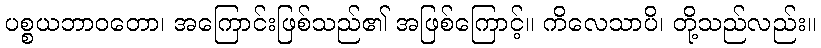
ပစ္စယဘာဝတော၊ အကြောင်းဖြစ်သည်၏ အဖြစ်ကြောင့်။ ကိလေသာပိ၊ တို့သည်လည်း။